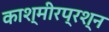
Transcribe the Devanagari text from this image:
काश्‍मीरप्रश्‍न